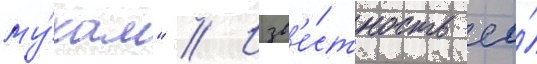
му́кам" // Изв'е́стность ео́